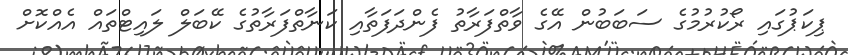
ޕިކަޕުގައި ރޯކުރުމުގެ ސަބަބުން އޭގެ ވާތްފަރާތު ފެންދަފަތާއި ކަނާތްފަރާތުގެ ކޭބަލް ލައިޓްތައް އެއްކޮށް